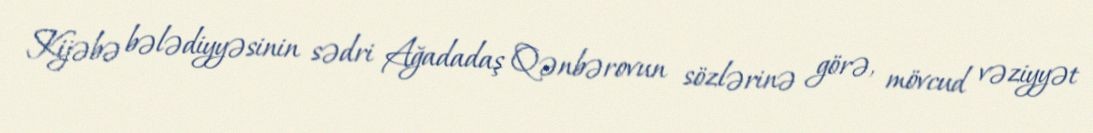
Kijəbə bələdiyyəsinin sədri Ağadadaş Qənbərovun sözlərinə görə, mövcud vəziyyət